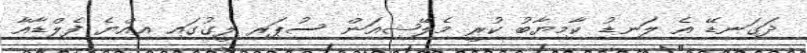
ދަގަނޑޭ އެ ލަނޑު ކާމިޔާބު ކުރީ މެލޭޝިއަން ސުޕަރ ލީގުގައި އިއްޔެ ފެލްޑާއާ